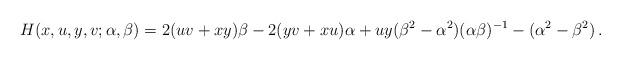
LaTeX: \begin{align*}H(x,u,y,v;\alpha,\beta)=2(uv+xy)\beta - 2(yv+xu)\alpha + uy(\beta^2-\alpha^2)(\alpha\beta)^{-1} - (\alpha^2-\beta^2)\,.\end{align*}